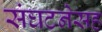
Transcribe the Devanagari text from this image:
संघटनेसह